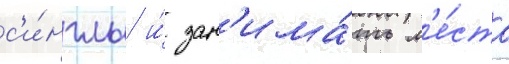
с'и́нглы и́ зан'има́ть м'е́ста